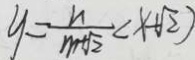
y = \frac { n } { m + \sqrt { 2 } } ( x + \sqrt { 2 } )